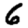
Digit: 6